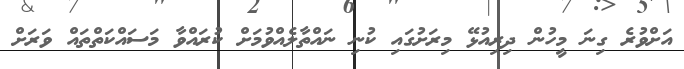
އަށްވުރެ ގިނަ މީހުން ދިރިއުޅޭ މިރަށުގައި ކުނި ނައްތާލެއްވުމަށް ކުރައްވާ މަސައްކަތްތައް ވަރަށް